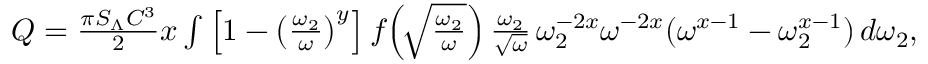
\begin{array} { r } { Q = \frac { \pi S _ { \Lambda } C ^ { 3 } } { 2 } x \int \left[ 1 - \left( \frac { \omega _ { 2 } } { \omega } \right) ^ { y } \right] f \! \left( \! \sqrt { \frac { \omega _ { 2 } } { \omega } } \right) \frac { \omega _ { 2 } } { \sqrt { \omega } } \, \omega _ { 2 } ^ { - 2 x } \omega ^ { - 2 x } ( \omega ^ { x - 1 } - \omega _ { 2 } ^ { x - 1 } ) \, d \omega _ { 2 } , } \end{array}